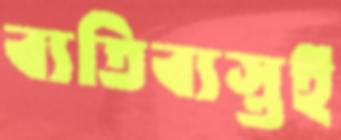
ব্যতিব্যস্তই